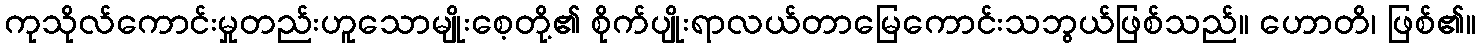
ကုသိုလ်ကောင်းမှုတည်းဟူသောမျိုးစေ့တို့၏ စိုက်ပျိုးရာလယ်တာမြေကောင်းသဘွယ်ဖြစ်သည်။ ဟောတိ၊ ဖြစ်၏။